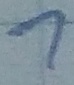
Text: 1